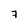
Character: 7